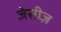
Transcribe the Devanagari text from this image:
जेसीज़